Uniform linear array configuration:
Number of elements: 16
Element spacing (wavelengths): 0.25
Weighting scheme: binomial
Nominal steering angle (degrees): -60
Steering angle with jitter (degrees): -60.679
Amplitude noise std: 0.05
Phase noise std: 0.05

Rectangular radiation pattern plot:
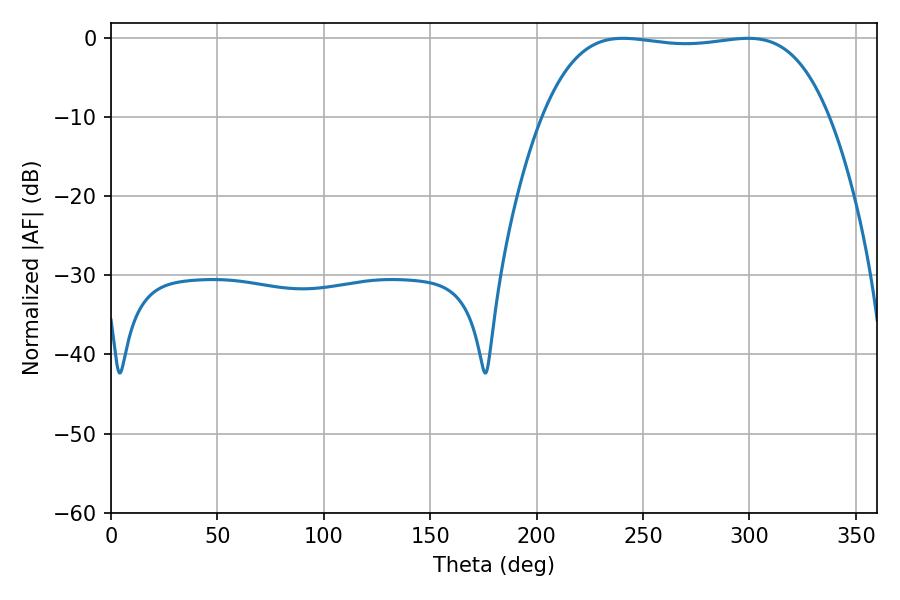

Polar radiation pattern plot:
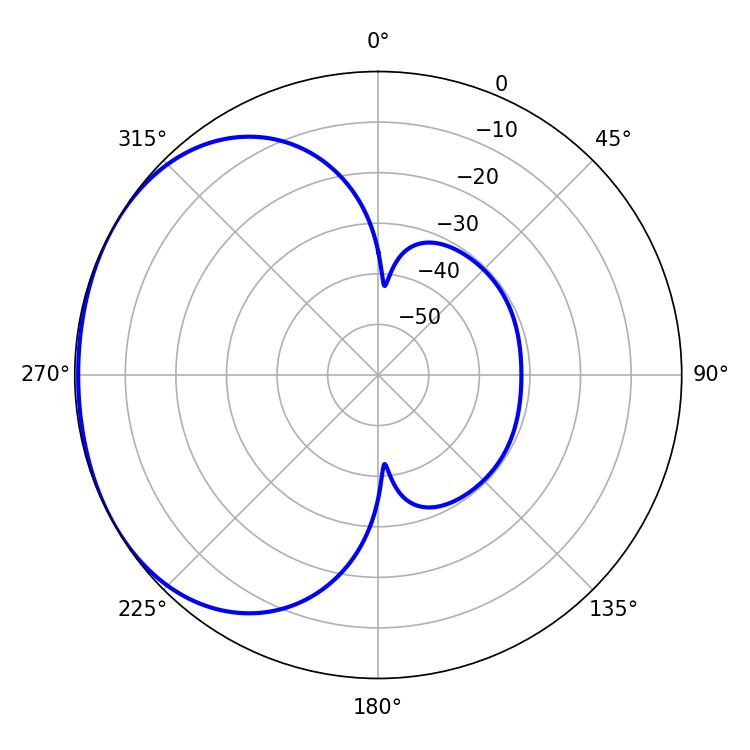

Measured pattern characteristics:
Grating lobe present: FALSE
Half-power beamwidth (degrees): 106.2
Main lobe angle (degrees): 240.66